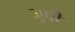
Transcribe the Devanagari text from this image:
जुपी